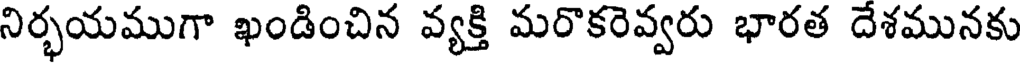
నిర్భయముగా ఖండించిన వ్యక్తి మరొకరెవ్వరు భారత దేశమునకు